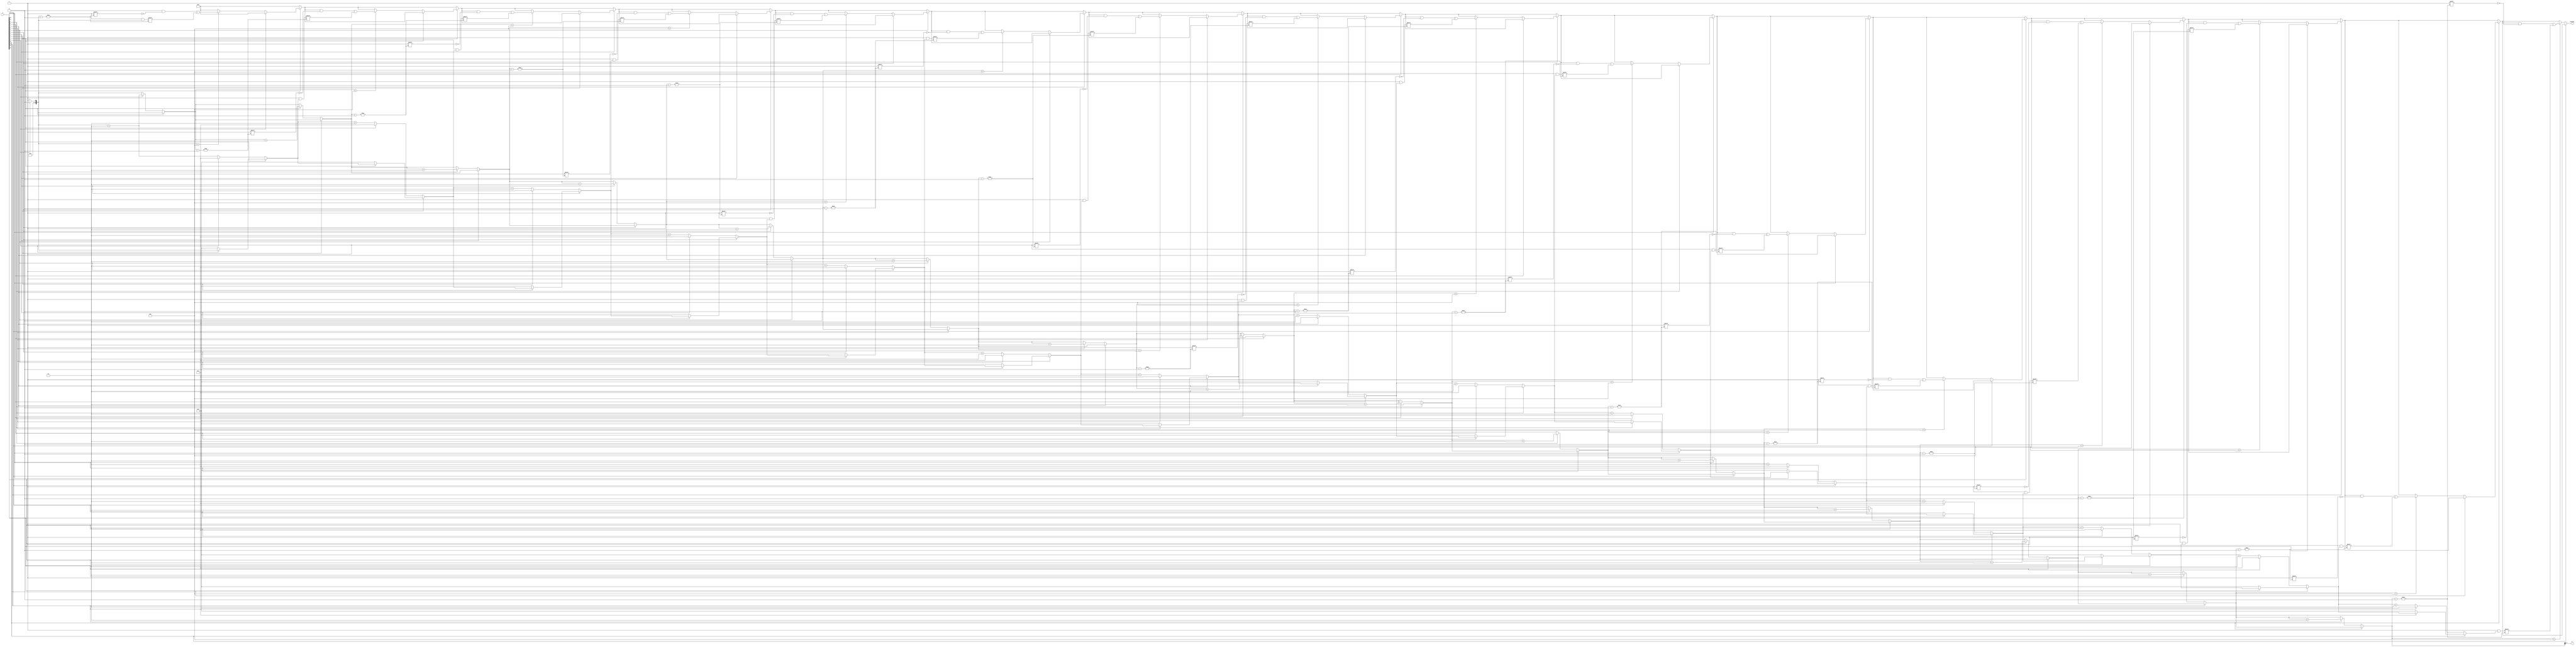
module GroupingOfZeros #(parameter N = 16, parameter MAX_GROUPS = 8) (
    input  wire [N-1:0] A,             // Input binary vector
    output reg  [MAX_GROUPS-1:0] G,    // Output vector for the count of groups
    output reg  [N-1:0] lengths        // Output vector for lengths of each group
);

    integer i;
    integer group_count;
    integer length_count;
    reg in_zero_group;

    always @(*) begin
        // Initialize outputs
        G = 0;
        lengths = 0;
        group_count = 0;
        length_count = 0;
        in_zero_group = 0;

        for (i = 0; i < N; i = i + 1) begin
            if (A[i] == 0) begin
                if (!in_zero_group) begin
                    // We have found the start of a zero group
                    in_zero_group = 1;
                    group_count = group_count + 1;
                    length_count = 1; // Start counting length
                end else begin
                    // We are in a zero group, increment length
                    length_count = length_count + 1;
                end
            end else begin
                if (in_zero_group) begin
                    // We have found the end of a zero group
                    in_zero_group = 0;
                    // Store the length of the group in the lengths output
                    if (group_count < MAX_GROUPS) begin
                        lengths[group_count] = length_count;
                    end
                    length_count = 0; // Reset length counter
                end
            end
        end

        // Handle case where input ends with a zero group
        if (in_zero_group) begin
            if (group_count < MAX_GROUPS) begin
                lengths[group_count] = length_count; // Store last group length
            end
        end

        // Set the group count output
        G = group_count;
    end

endmodule